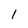
Character: 1